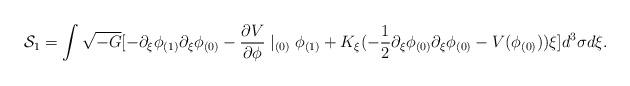
LaTeX: \begin{align*}{\cal S}_1=\int\sqrt{-G}[-\partial_\xi\phi_{(1)}\partial_\xi\phi_{(0)}-\frac{\partial V}{\partial\phi}\mid_{(0)}\phi_{(1)}+K_\xi(-\frac{1}{2}\partial_\xi\phi_{(0)}\partial_\xi\phi_{(0)}-V(\phi_{(0)}))\xi]d^3\sigma d\xi.\end{align*}